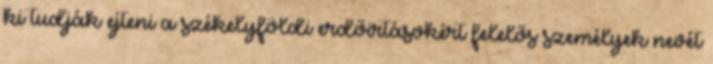
ki tudják ejteni a székelyföldi erdőirtásokért felelős személyek nevét